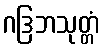
ဂဒြဘသုတ္တံ